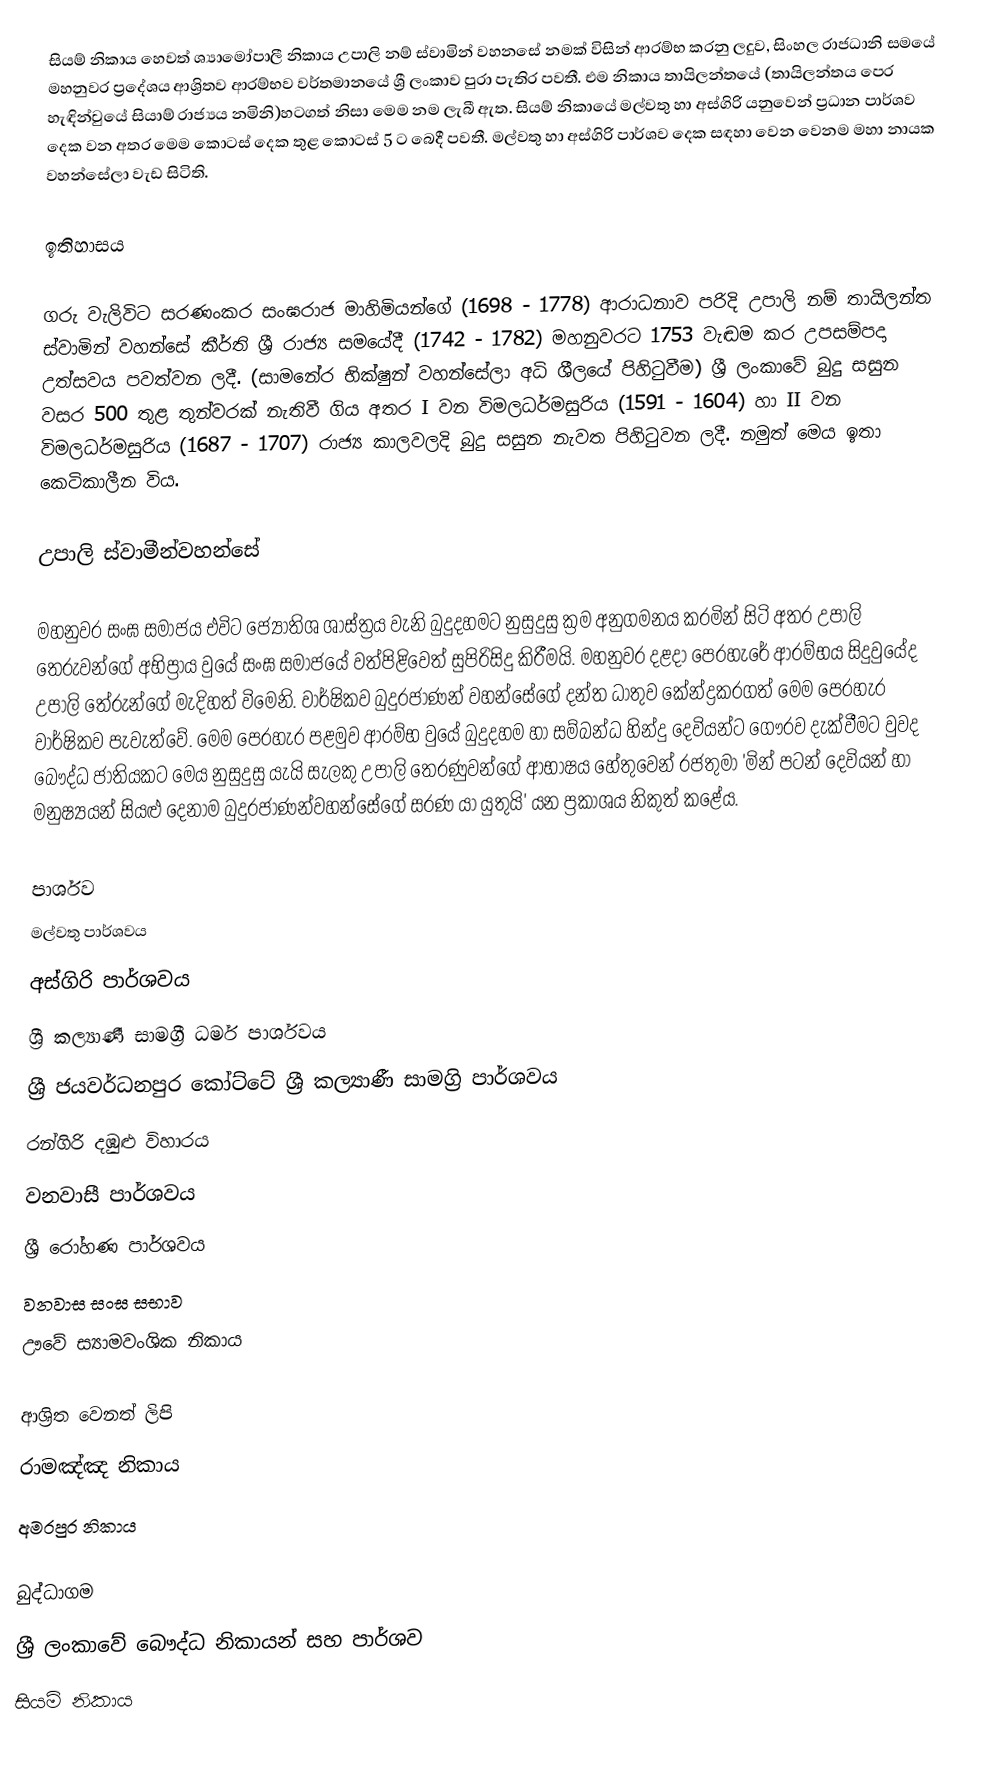
සියම් නිකාය හෙවත් ශ්‍යාමෝපාලී නිකාය උපාලි නම් ස්වාමින් වහනසේ නමක් විසින් ආරම්භ කරනු ලදුව, සිංහල රාජධානි සමයේ මහනුවර ප්‍රදේශය ආශ්‍රිතව ආරම්භව වර්තමානයේ ශ්‍රී ලංකාව පුරා පැතිර පවතී. එම නිකාය තායිලන්තයේ (තායිලන්තය පෙර හැඳින්වුයේ සියාම් රාජ්‍යය නමිනි)හටගත් නිසා මෙම නම ලැබී ඇත.  සියම් නිකායේ මල්වතු හා අස්ගිරි යනුවෙන් ප්‍රධාන පාර්ශව දෙක වන අතර මෙම කොටස් දෙක තුළ කොටස් 5 ට බෙදී පවතී. මල්වතු හා අස්ගිරි පාර්ශව දෙක සඳහා වෙන වෙනම මහා නායක වහන්සේලා වැඩ සිටිති.

ඉතිහාසය

ගරු වැලිවිට සරණංකර සංඝරාජ මාහිමියන්ගේ (1698 - 1778)  ආරාධනාව පරිදි උපාලි නම් තායිලන්ත ස්වාමින් වහන්සේ කීර්ති ශ්‍රී  රාජ්‍ය සමයේදී (1742 - 1782) මහනුවරට 1753 වැඬම කර උපසම්පදා උත්සවය පවත්වන ලදී. (සාමනේර භික්ෂුන් වහන්සේලා අධි ශීලයේ පිහිටුවීම) ශ්‍රී  ලංකාවේ බුදු සසුන වසර 500 තුළ තුන්වරක් නැතිවී ගිය අතර I වන විමලධර්මසුරිය (1591 - 1604) හා II වන විමලධර්මසුරිය (1687 - 1707) රාජ්‍ය කාලවලදි බුදු සසුන නැවත  පිහිටුවන ලදී. නමුත් මෙය ඉතා කෙටිකාලීන විය.

උපාලි ස්වාමීන්වහන්සේ

මහනුවර සංඝ සමාජය එවිට ජ්‍යොතිශ ශාස්ත්‍රය වැනි බුදුදහමට නුසුදුසු ක්‍රම අනුගමනය කරමින් සිටි අතර උපාලි තෙරුවන්ගේ අභිප්‍රාය වුයේ සංඝ සමාජයේ වත්පිළිවෙත් සුපිරිසිදු කිරීමයි. මහනුවර දළදා පෙරහැරේ ආරම්භය සිදුවුයේද උපාලි තේරුන්ගේ මැදිහත් විමෙනි. වාර්ෂිකව බුදුරජාණන් වහන්සේගේ දන්ත ධාතුව  කේන්ද්‍රකරගත් මෙම පෙරහැර වාර්ෂිකව පැවැත්වේ. මෙම පෙරහැර පළමුව ආරම්භ වුයේ බුදුදහම හා සම්බන්ධ හින්දු දෙවියන්ට ගෞරව දැක්වීමට වුවද බෞද්ධ ජාතියකට මෙය නුසුදුසු යැයි සැලකු උපාලි තෙරණුවන්ගේ ආභාෂය හේතුවෙන් රජතුමා 'මින් පටන් දෙවියන් හා මනුෂ්‍යයන් සියළු දෙනාම බුදුරජාණන්වහන්සේගේ  සරණ යා යුතුයි' යන ප්‍රකාශය නිකුත් කළේය.

පාර්ශව
 මල්වතු පාර්ශවය
 අස්ගිරි පාර්ශවය
 ශ්‍රී කල්‍යාණී සාමග්‍රී ධර්ම පාර්ශවය
 ශ්‍රී ජයවර්ධනපුර කෝට්ටේ ශ්‍රී කල්‍යාණී සාමග්‍රි පාර්ශවය
 රන්ගිරි දඹුළු විහාරය
 වනවාසී පාර්ශවය
 ශ්‍රී රෝහණ පාර්ශවය
වනවාස සංඝ සභාව
 ඌවේ ස්‍යාමවංශික නිකාය

ආශ්‍රිත වෙනත් ලිපි
 රාමඤ්ඤ නිකාය
 අමරපුර නිකාය

බුද්ධාගම
ශ්‍රී ලංකාවේ බෞද්ධ නිකායන් සහ පාර්ශව
සියම් නිකාය